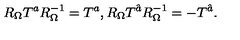
R _ { \Omega } T ^ { a } R _ { \Omega } ^ { - 1 } = T ^ { a } , R _ { \Omega } T ^ { \hat { a } } R _ { \Omega } ^ { - 1 } = - T ^ { \hat { a } } . \,